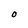
Character: O